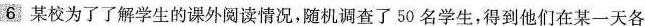
6 某校为了了解学生的课外阅读情况，随机调查了50名学生，得到他们在某一天各